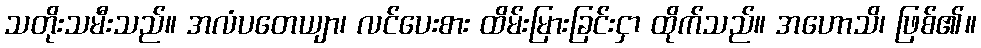
သတိုးသမီးသည်။ အလံပတေယျာ၊ လင်ပေးစား ထိမ်းမြားခြင်းငှာ ထိုက်သည်။ အဟောသိ၊ ဖြစ်၏။